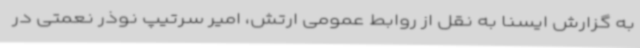
به گزارش ایسنا به نقل از روابط عمومی ارتش، امیر سرتیپ نوذر نعمتی در